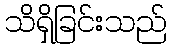
သိရှိခြင်းသည်